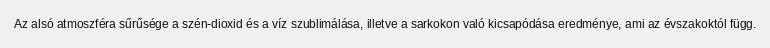
Az alsó atmoszféra sűrűsége a szén-dioxid és a víz szublimálása, illetve a sarkokon való kicsapódása eredménye, ami az évszakoktól függ.